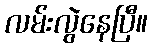
လမ်းလွဲနေပြီ။